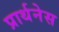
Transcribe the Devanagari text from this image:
प्रार्थनेस